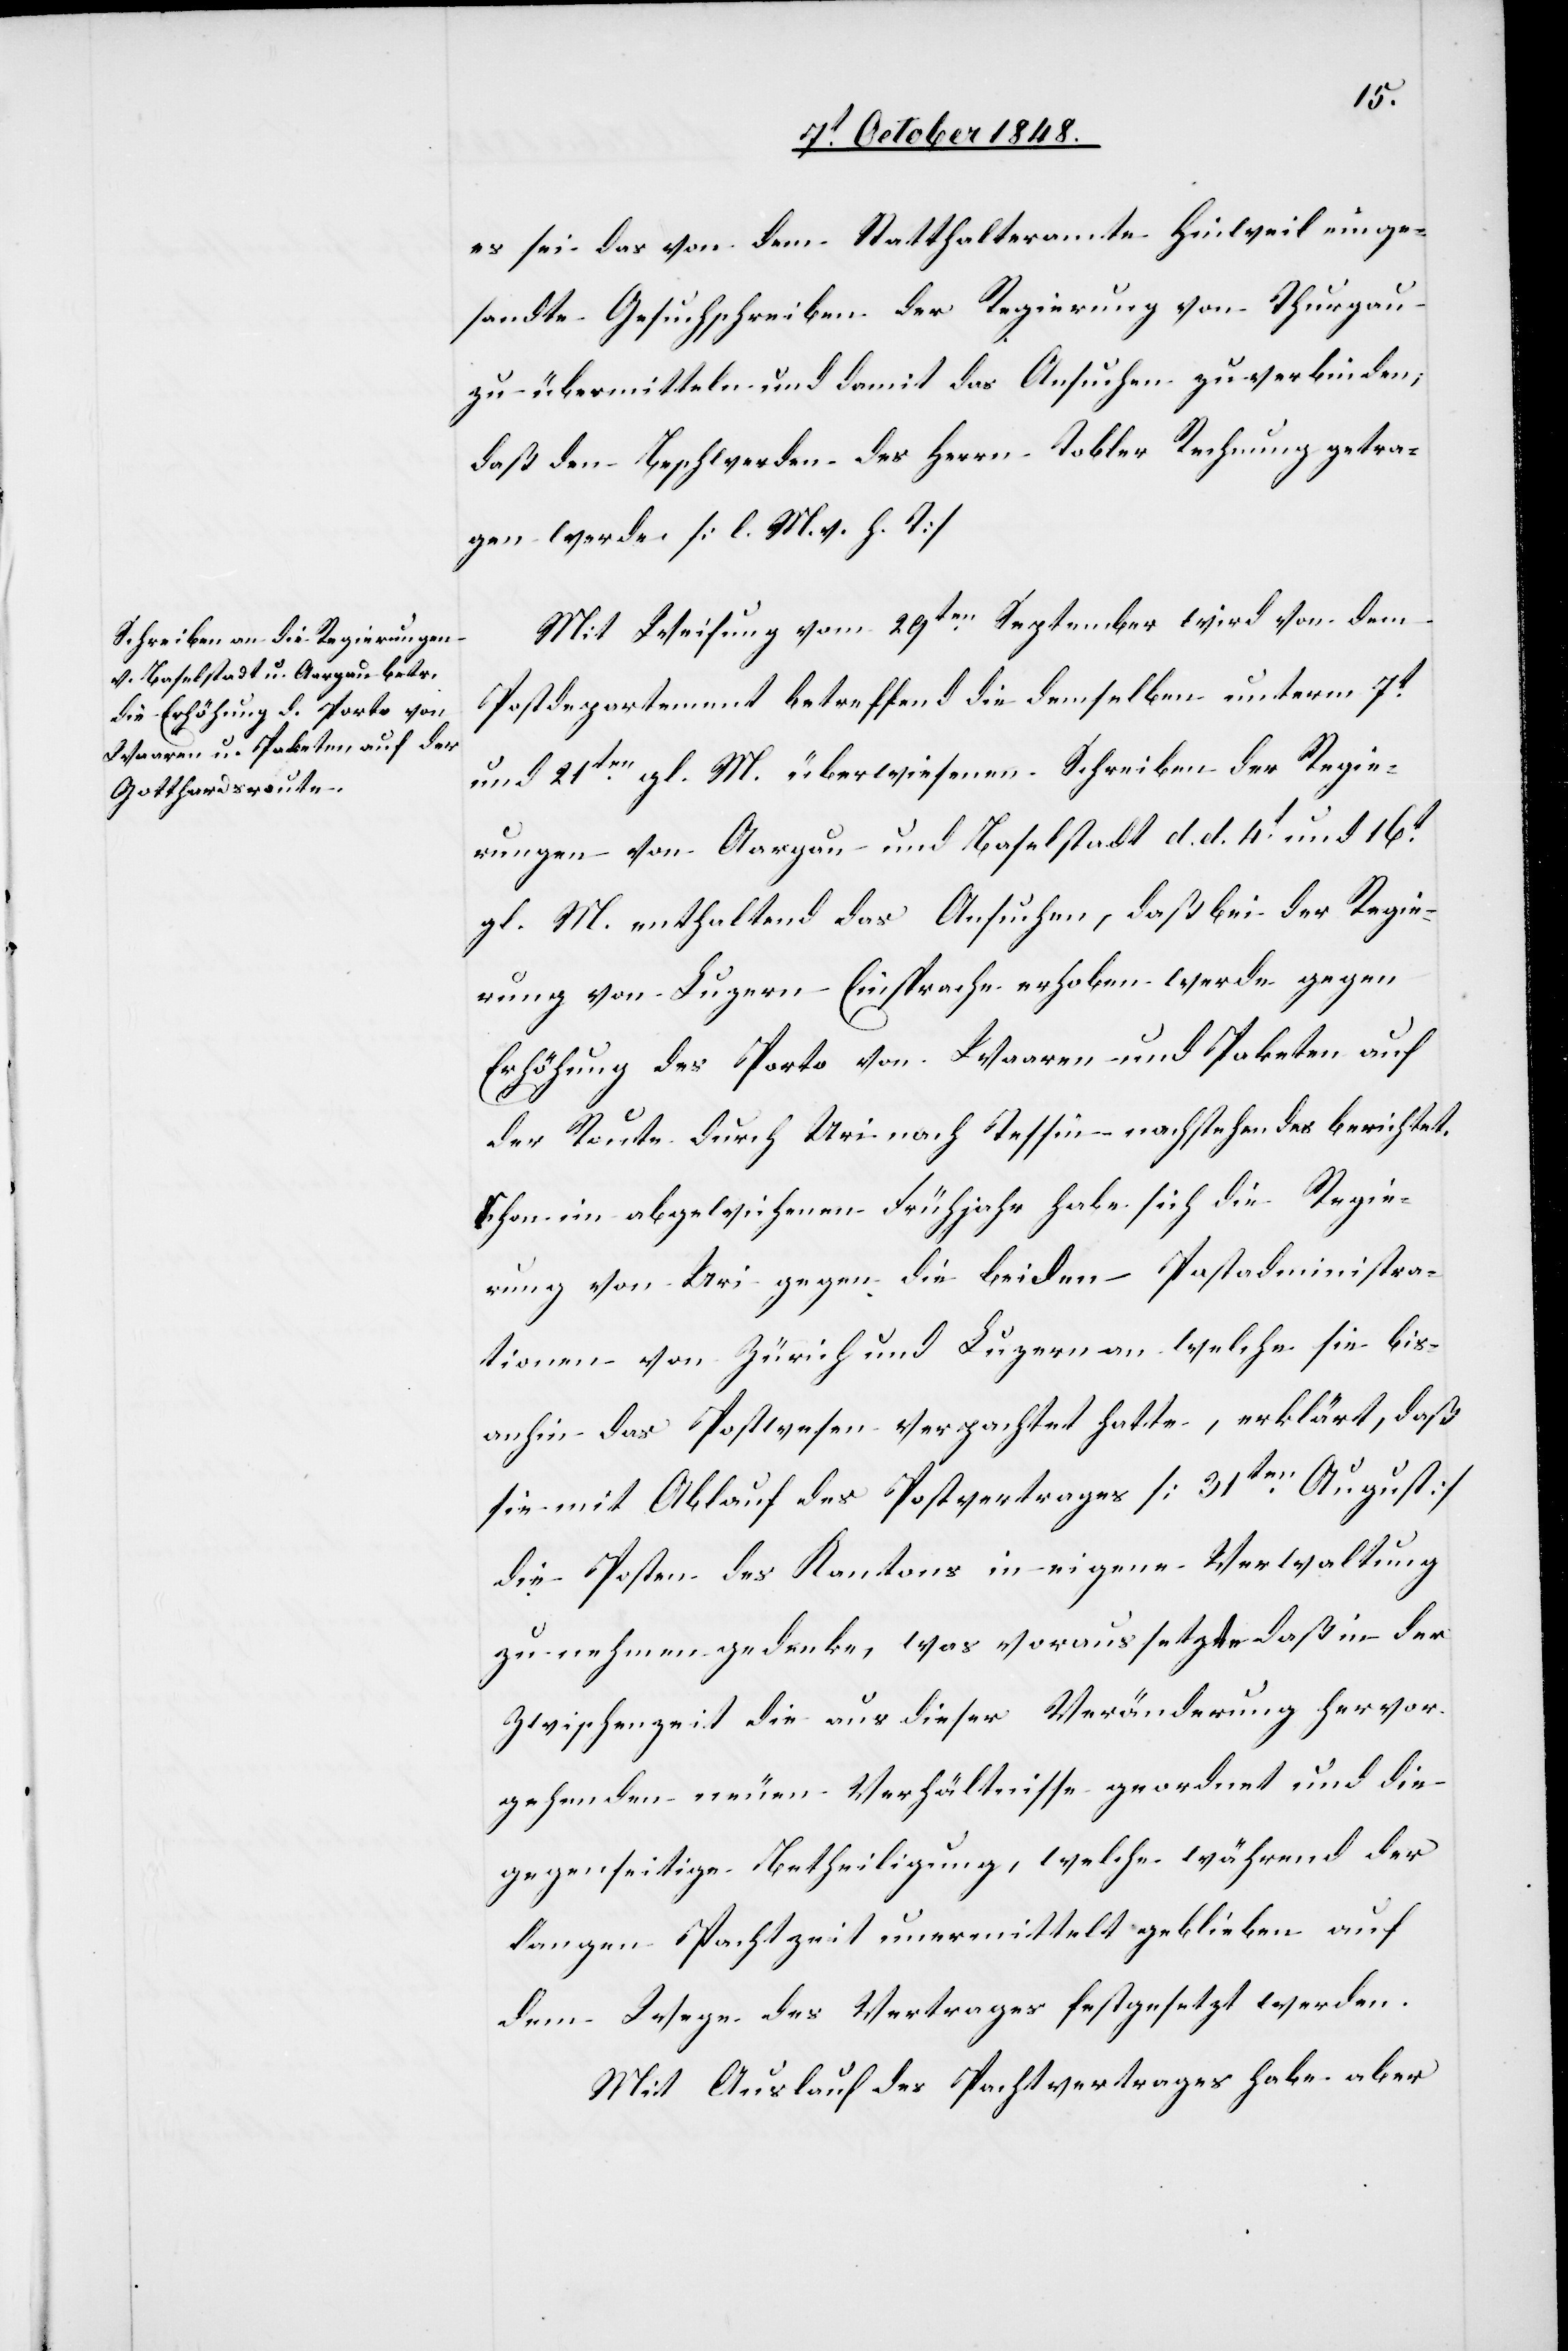
Es sei das von dem Statthalteramte Hinweil einge¬
sandte Gesuchschreiben der Regierung von Thurgau
zu übermitteln und damit das Ansuchen zu verbinden,
daß den Beschwerden des Herrn Tobler Rechnung getra¬
gen werde. [l. M. v. h. T]
Mit Weisung vom 29ten. September wird von dem
Postdepartement betreffend die demselben unterm 7t.
und 21ten. gl. M. überwiesenen Schreiben der Regie¬
rungen von Aargau und Baselstadt d. d. 4t. und 16t.
gl. M. enthaltend das Ansuchen, daß bei der Regie¬
rung von Luzern Einsprache erhoben werde gegen
Erhöhung des Porto von Waaren und Paketen auf
der Route durch Uri nach Tessin nachstehendes berichtet.
Schon im abgewichenen Frühjahr habe sich die Regie¬
rung von Uri gegen die beiden Postadministra¬
tionen von Zürich und Luzern an welche sie bis¬
anhin das Postwesen verpachtet hatte, erklärt, daß
sie mit Ablauf des Postvertrages [31ten. August]
die Posten des Kantons in eigene Verwaltung
zu nehmen gedenke, was voraussetze, daß in der
Zwischenzeit die aus dieser Veränderung hervor¬
gehenden neuen Verhältnisse geordnet und die
gegenseitige Betheiligung, welche während der
langen Pachtzeit unvermittelst geblieben auf
dem Wege des Vertrages festgesetzt werden.
Mit Auslauf des Postvertrages habe aber